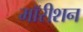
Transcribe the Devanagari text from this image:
मॉरीशन